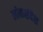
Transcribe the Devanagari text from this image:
लोकसंदेश